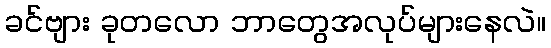
ခင်ဗျား ခုတလော ဘာတွေအလုပ်များနေလဲ။